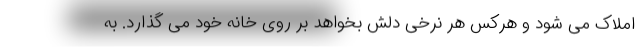
املاک می شود و هرکس هر نرخی دلش بخواهد بر روی خانه خود می گذارد. به